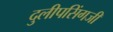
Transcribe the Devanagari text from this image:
दुलीपसिंगजी